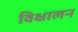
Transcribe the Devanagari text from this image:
विक्षालन